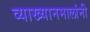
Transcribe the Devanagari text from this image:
व्याख्यानमालांनी